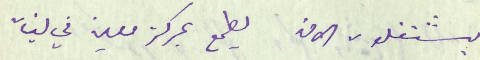
يشتغلون الان يطمع بمركز معين في لبنان